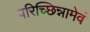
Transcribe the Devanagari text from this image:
परिच्छिन्नामेवं